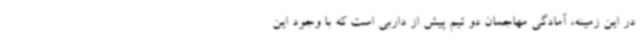
در این زمینه، آمادگی مهاجمان دو تیم پیش از داربی است که با وجود این